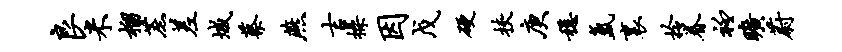
良米榴蔗差城蔡燕吉操因戊硬挟庚稳氲里拎眷衽旷蔚